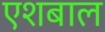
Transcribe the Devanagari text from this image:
एशबाल